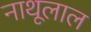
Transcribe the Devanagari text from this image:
नाथूलाल